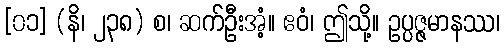
[၀၁] (နိ၊ ၂၃၈) စ၊ ဆက်ဦးအံ့။ ဧဝံ၊ ဤသို့။ ဥပ္ပဇ္ဇမာနဿ၊